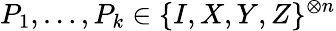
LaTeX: P_{1},\dots,P_{k}\in\{ I,X,Y,Z\} ^{\otimes n}